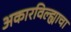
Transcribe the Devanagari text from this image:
अकारविल्ह्याचा